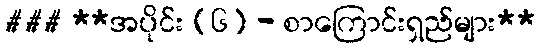
### **အပိုင်း (၆) - စာကြောင်းရှည်များ**